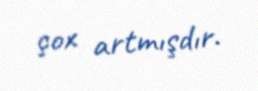
çox artmışdır.